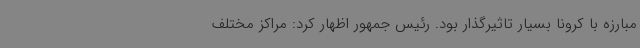
مبارزه با کرونا بسیار تاثیرگذار بود. رئیس جمهور اظهار کرد: مراکز مختلف